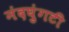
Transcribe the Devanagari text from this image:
नंदघुंगटी